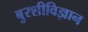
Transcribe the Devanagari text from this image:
बुरशीविज्ञान